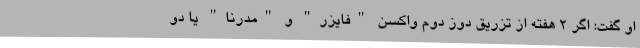
او گفت: اگر 2 هفته از تزریق دوز دوم واکسن "فایزر" و "مدرنا" یا دو